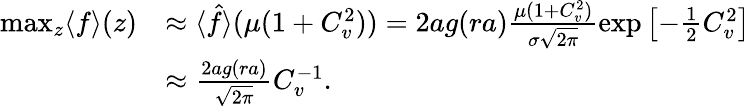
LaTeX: \begin{array}{rl}{\operatorname*{max}_{z}\langle f\rangle(z)}&{\approx\langle\hat{f}\rangle(\mu(1+C_{v}^{2}))=2ag(ra)\frac{\mu(1+C_{v}^{2})}{\sigma\sqrt{2\pi}}\exp\left[-\frac{1}{2}C_{v}^{2}\right]}\\ &{\approx\frac{2ag(ra)}{\sqrt{2\pi}}C_{v}^{-1}.}\end{array}